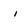
Character: i